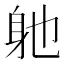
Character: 𮜮